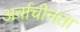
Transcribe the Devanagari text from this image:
अर्वाचीनता